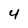
Character: 4